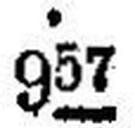
957